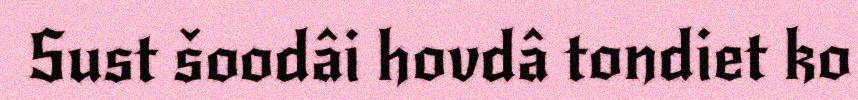
Sust šoodâi hovdâ tondiet ko